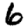
Digit: 6